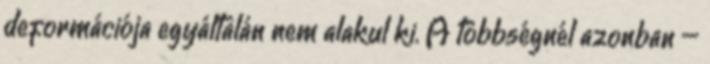
deformációja egyáltalán nem alakul ki. A többségnél azonban –